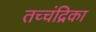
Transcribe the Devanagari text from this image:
तच्‍चंद्रिका